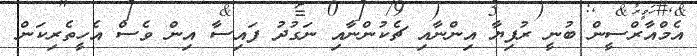
އެމްއާރްސީން ބުނީ ރުފިޔާ އިންނާއި ޗެކުންނާއި ނަގުދު ފައިސާ އިން ވެސް އެހީތެރިކަން